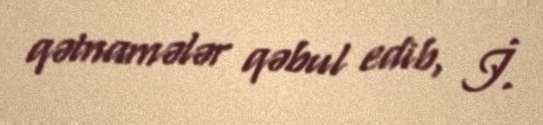
qətnamələr qəbul edib, İ.